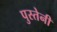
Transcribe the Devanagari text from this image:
पुस्‍तेनी